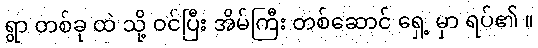
ရွာ တစ်ခု ထဲ သို့ ဝင်ပြီး အိမ်ကြီး တစ်ဆောင် ရှေ့ မှာ ရပ်၏ ။